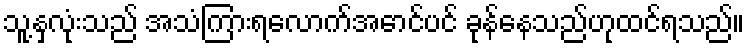
သူ့နှလုံးသည် အသံကြားရလောက်အောင်ပင် ခုန်နေသည်ဟုထင်ရသည်။